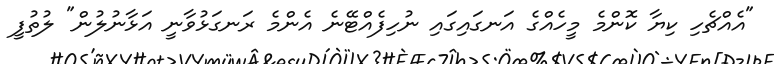
"އެއްޗެހި ކިޔާ ކޮންމެ މީހެއްގެ އަނގައިގައި ނުހިފެއްޓޭނެ އެންމެ ރަނގަޅުވާނީ އަޅާނުލުން" ލުތުފީ